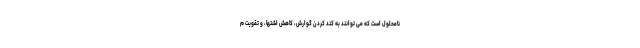
نامحلول است که می توانند به کند کردن گوارش، کاهش اشتها، و تقویت م